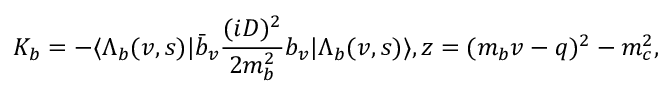
K _ { b } = - \langle \Lambda _ { b } ( v , s ) | \bar { b } _ { v } { \frac { ( i D ) ^ { 2 } } { 2 m _ { b } ^ { 2 } } } b _ { v } | \Lambda _ { b } ( v , s ) \rangle , z = ( m _ { b } v - q ) ^ { 2 } - m _ { c } ^ { 2 } ,